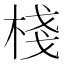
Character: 棧